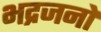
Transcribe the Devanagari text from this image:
भद्रजनों